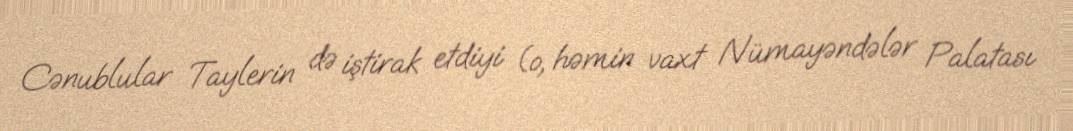
Cənublular Taylerin də iştirak etdiyi (o, həmin vaxt Nümayəndələr Palatası